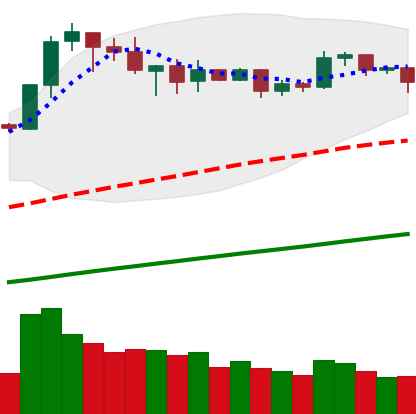
Ticker: BNB-USD
Chart end date: 2019-05-06
Forward return: -5.211%
Label: down_5_7